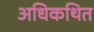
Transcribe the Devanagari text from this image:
अधिकथित